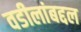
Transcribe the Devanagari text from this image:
वडीलांबद्दल